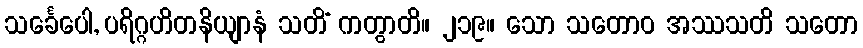
သင်္ခေပေါ, ပရိဂ္ဂဟိတနိယျာနံ သတိံ ကတွာတိ။ ၂၁၉။ သော သတောဝ အဿသတိ သတော